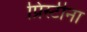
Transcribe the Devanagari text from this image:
प्रिस्टीना